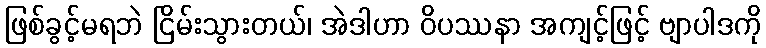
ဖြစ်ခွင့်မရဘဲ ငြိမ်းသွားတယ်၊ အဲဒါဟာ ဝိပဿနာ အကျင့်ဖြင့် ဗျာပါဒကို